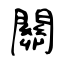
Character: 關